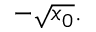
- { \sqrt { x _ { 0 } } } .